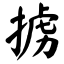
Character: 掳